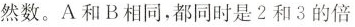
然数。A和B相同，都同时是2和3的倍